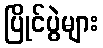
ပြိုင်ပွဲများ